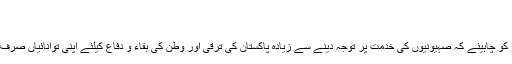
پرویز مشرف کے صہیونی عزائم - اسلام ٹائمز
Thursday 7 Mar 2019 20:19
اسلام ٹائمز: پاکستان میں موجود صہیونی عزائم رکھنے والے عناصر کو چاہیئے کہ صہیونیوں کی خدمت پر توجہ دینے سے زیادہ پاکستان کی ترقی اور وطن کی بقاء و دفاع کیلئے اپنی توانائیاں صرف کریں، کیونکہ اسرائیل سے دوستی وطن سے خیانت اور غداری ہے۔